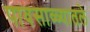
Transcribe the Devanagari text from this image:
पावसाळ्यातले